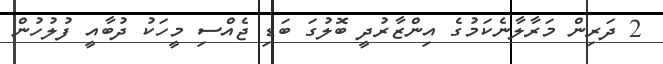
2 ދަރިން މަރާލާނެކަމުގެ އިންޒާރުދީ ބޮލުގަ ބަޑި ޖެއްސި މީހަކު ދުބާއީ ފުލުހުން